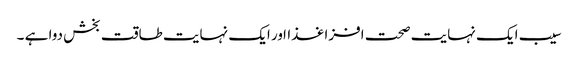
سیب ایک نہایت صحت افزا غذااور ایک نہایت طاقت بخش دوا ہے ۔